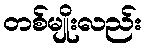
တစ်မျိုးလည်း